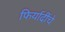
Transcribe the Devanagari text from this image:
फिर्यादींचे